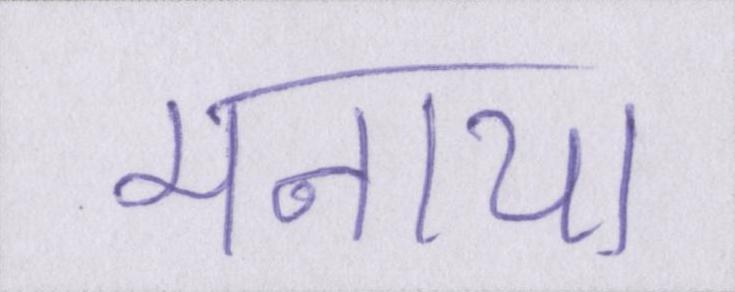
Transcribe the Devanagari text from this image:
मनाया